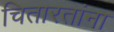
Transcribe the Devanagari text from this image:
चितारतांना